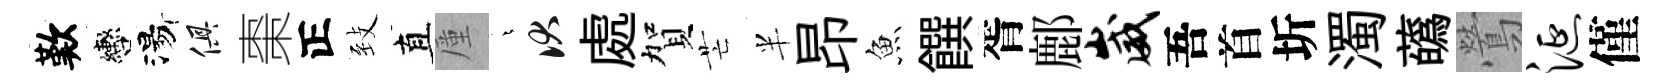
歎轡湯俱棗正𦤺直厪燁伏處賀芒半昂魚饌胥鄜崴吾首圻濁蘤鶯涎僅